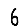
Digit: 6